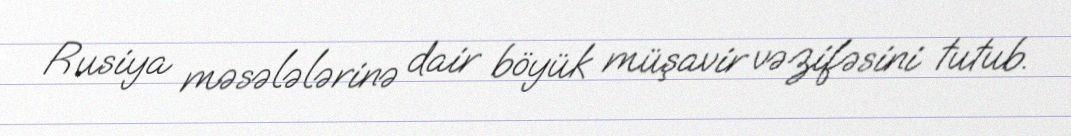
Rusiya məsələlərinə dair böyük müşavir vəzifəsini tutub.